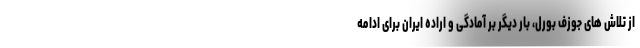
از تلاش های جوزف بورل، بار دیگر بر آمادگی و اراده ایران برای ادامه